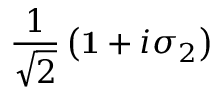
\frac { 1 } { \sqrt { 2 } } \left( { \bf 1 } + i \sigma _ { 2 } \right)